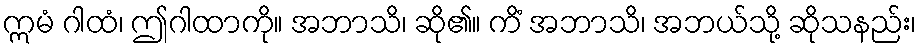
ဣမံ ဂါထံ၊ ဤဂါထာကို။ အဘာသိ၊ ဆို၏။ ကိံ အဘာသိ၊ အဘယ်သို့ ဆိုသနည်း၊